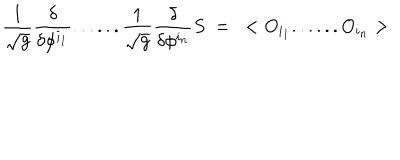
{ \frac { 1 } { \sqrt { g } } } { \frac { \delta } { \delta \phi ^ { i _ { 1 } } } } . . . . . . { \frac { 1 } { \sqrt { g } } } { \frac { \delta } { \delta \phi ^ { i _ { n } } } } S ~ = ~ < O _ { i _ { 1 } } . . . . . . O _ { i _ { n } } >